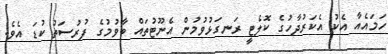
ހަމައެއާ އެކު އެކަރުދާހުގެ ކޮލެޓީ ރަނގަޅުވުމުން އެނޫޓުތައް ބާވުމުގެ ފުރުސަތު ކުޑަ އެވެ.